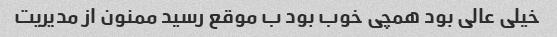
خیلی عالی بود همچی خوب بود ب موقع رسید ممنون از مدیریت